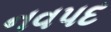
નવપદ